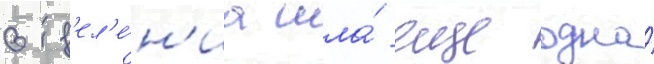
отд'ел'е́н'иа шла́ еще одна́